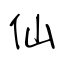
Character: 仙